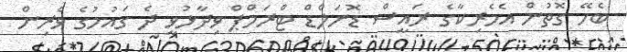
ބެހޭ ގޮތުން އެމެރިކާގެ ރައީސް ޑޮނަލްޑް ޓްރަމްޕް ވިދާޅުވީ ދެ ގައުމުގެ ވެރިން